On a parasite found in the white corpuscles of the blood of palm squirrels - Number 24
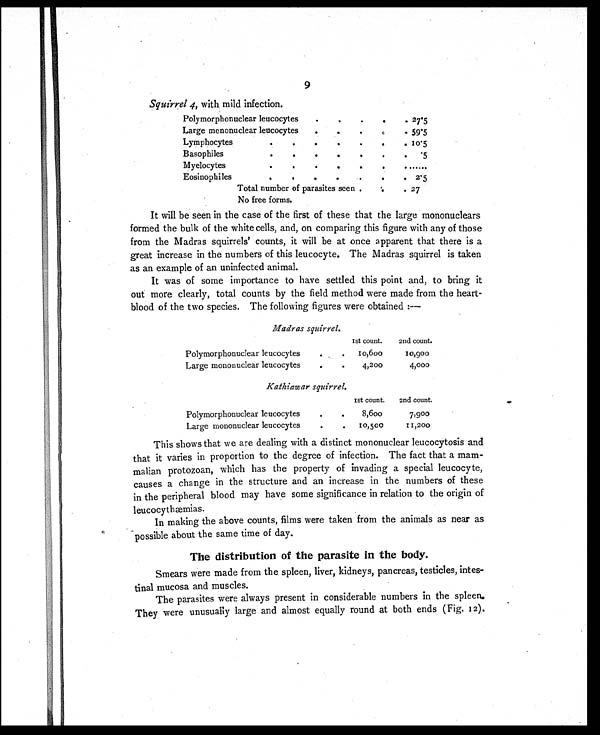
9
Squirrel 4, with mild infection.
Polymorphonuclear leucocytes
.
.
. .
. 27.5
Large mononuclear leucocytes
.
.
.
.
. 59.5
Lymphocytes
.
.
.
.
.
. 10.5
Basophiles
.
.
.
.
.
.
.5
Myelocytes
.
.
.
.
.
.
......
Eosinophiles
.
.
.
.
.
.
. 2.5
Total number of parasites seen .
. . 27
No free forms.
It will be seen in the case of the first of these that the large mononuclears
formed the bulk of the white cells, and, on comparing this figure with any of those
from the Madras squirrels' counts, it will be at once apparent that there is a
great increase in the numbers of this leucocyte. The Madras squirrel is taken
as an example of an uninfected animal.
It was of some importance to have settled this point and, to bring it
out more clearly, total counts by the field method were made from the heart-
blood of the two species. The following figures were obtained :—
Madras squirrel.
1st count.
2nd count.
Polymorphonuclear leucocyte
.
.
10,600
10,900
Large mononuclear leucocytes
.
.
4,200
4,000
Kathiawar squirrel.
1st count.
2nd count.
Polymorphonuclear leucocyte
.
.
8,600
7,900
Large mononuclear leucocyte
.
.
10,500
11,200
This shows that we are dealing with a distinct mononuclear leucocytosis and
that it varies in proportion to the degree of infection. The fact that a mam-
malian protozoan, which has the property of invading a special leucocyte,
causes a change in the structure and an increase in the numbers of these
in the peripheral blood may have some significance in relation to the origin of
leucocythæmias.
In making the above counts, films were taken from the animals as near as
' possible about the same time of day.
The distribution of the parasite in the body.
Smears were made from the spleen, liver, kidneys, pancreas, testicles, intes-
tinal mucosa and muscles.
The parasites were always present in considerable numbers in the spleen.
They were unusually large and almost equally round at both ends (Fig. 12).